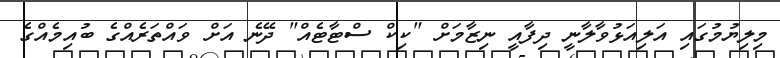
މިލިޔުމުގައި އަލިއަޅުވާލާނީ ދިފާއީ ނިޒާމަށް "ކިކް ސްޓާޓެއް" ދޭނެ އަށް ވައްތަރެއްގެ ބުއިމެއްގެ